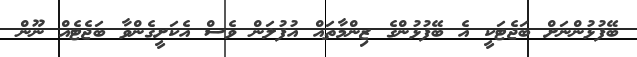
ބޭފުޅުންނަށް ބަޖެޓަކީ އެ ބޭފުޅުންގެ ޒިންމާތައް އުފުލަން ވެސް އެކަށީގެންވާ ބަޖެޓެއް ނޫން